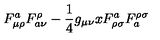
F _ { \mu \rho } ^ { a } F _ { a \nu } ^ { \rho } - { \frac { 1 } { 4 } } g _ { \mu \nu } x F _ { \rho \sigma } ^ { a } F _ { a } ^ { \rho \sigma }